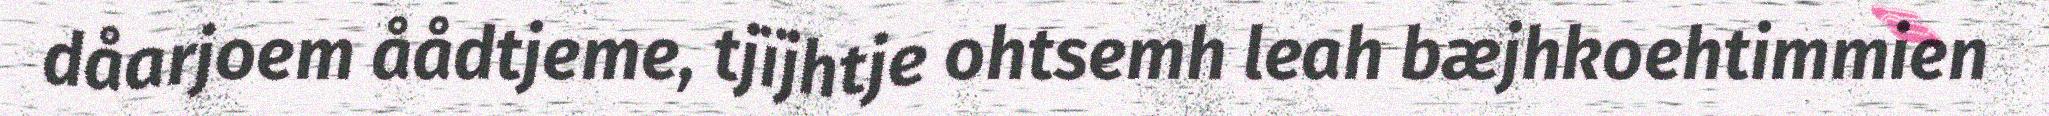
dåarjoem åådtjeme, tjïjhtje ohtsemh leah bæjhkoehtimmien